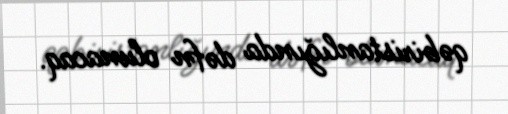
qəbiristanlığında dəfn olunacaq.